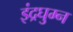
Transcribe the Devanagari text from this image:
इंद्रघुम्न